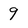
Character: 9